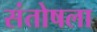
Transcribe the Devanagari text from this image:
संतोषला